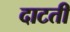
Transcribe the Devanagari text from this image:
दाटती